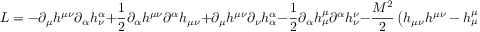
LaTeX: { \cal L } = - \partial _ { \mu } h ^ { \mu \nu } \partial _ { \alpha } h _ { \nu } ^ { \alpha } + \frac { 1 } { 2 } \partial _ { \alpha } h ^ { \mu \nu } \partial ^ { \alpha } h _ { \mu \nu } + \partial _ { \mu } h ^ { \mu \nu } \partial _ { \nu } h _ { \alpha } ^ { \alpha } - \frac { 1 } { 2 } \partial _ { \alpha } h _ { \mu } ^ { \mu } \partial ^ { \alpha } h _ { \nu } ^ { \nu } - \frac { M ^ { 2 } } { 2 } \left( h _ { \mu \nu } h ^ { \mu \nu } - h _ { \mu } ^ { \mu } h _ { \nu } ^ { \nu } \right) .